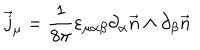
LaTeX: \vec { j } _ { \mu } = \frac { 1 } { 8 \pi } \varepsilon _ { \mu \alpha \beta } \partial _ { \alpha } \vec { n } \wedge \partial _ { \beta } \vec { n }